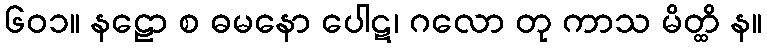
၆၀၁။ နဠော စ ဓမနော ပေါဋ၊ ဂလော တု ကာသ မိတ္ထိ န။